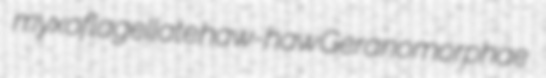
myxoflagellate haw-haw Geranomorphae